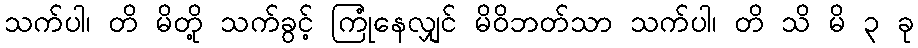
သက်ပါ၊ တိ မိတို့ သက်ခွင့် ကြုံနေလျှင် မိဝိဘတ်သာ သက်ပါ၊ တိ သိ မိ ၃ ခု